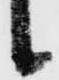
候